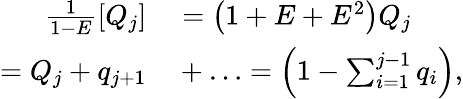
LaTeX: \begin{array}{rl}{\frac{1}{1-E}\left[Q_{j}\right]}&{{}=\left(1+E+E^{2}\right)Q_{j}}\\ {=Q_{j}+q_{j+1}}&{{}+\ldots=\left(1-\sum_{i=1}^{j-1}q_{i}\right),}\end{array}